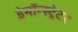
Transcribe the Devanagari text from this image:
डेमॉन्स्ट्रेटर